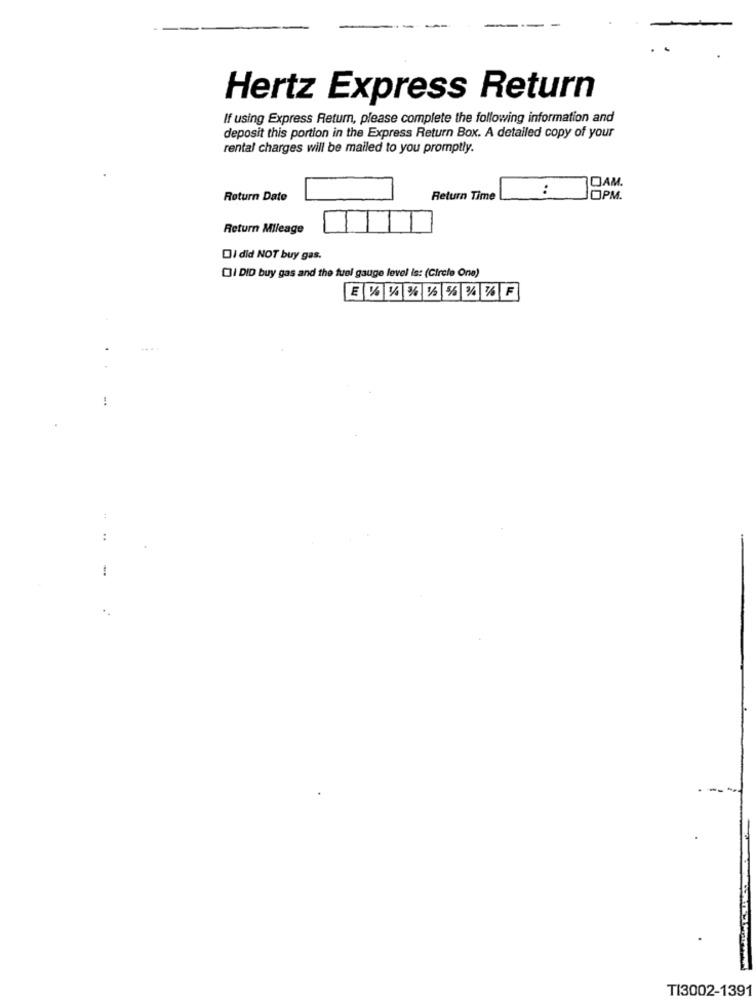
Hertz Express Return
If using Express Return, please complete the following information and
deposit this portion in the Express Return Box. A detailed copy of your
rental charges will be mailed to you promptly.
:
DAM.
Return Date
Return Time
OPM.
Return Mileage
Di did NOT buy gas.
CJI DID buy gas and the fuel gauge level is: (Circle One)
E 1 1/4 36 1/4 %6 3/4 % F
-+
:
TI3002-1391